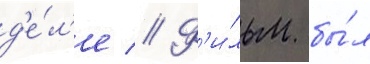
д'е́л'е // Ф'и́льм бы́л